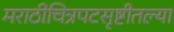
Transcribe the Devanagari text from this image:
मराठीचित्रपटसृष्टीतल्या